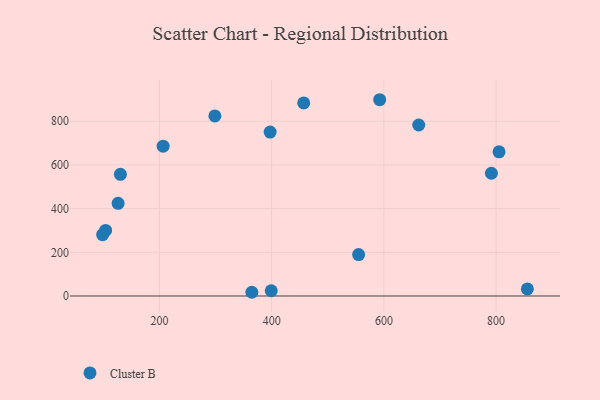
{"axis": {"x": "Engine Size", "y": "Salary"}, "legend": ["Cluster B"], "data": [{"x": "126.4", "y": 424.0, "type": "Cluster B"}, {"x": "592.5", "y": 898.5, "type": "Cluster B"}, {"x": "791.6", "y": 562.0, "type": "Cluster B"}, {"x": "397.3", "y": 750.4, "type": "Cluster B"}, {"x": "805.2", "y": 660.1, "type": "Cluster B"}, {"x": "555.0", "y": 189.5, "type": "Cluster B"}, {"x": "98.8", "y": 280.6, "type": "Cluster B"}, {"x": "399.3", "y": 23.9, "type": "Cluster B"}, {"x": "206.6", "y": 685.8, "type": "Cluster B"}, {"x": "104.1", "y": 300.1, "type": "Cluster B"}, {"x": "662.1", "y": 782.8, "type": "Cluster B"}, {"x": "457.1", "y": 884.0, "type": "Cluster B"}, {"x": "298.8", "y": 824.3, "type": "Cluster B"}, {"x": "855.7", "y": 32.3, "type": "Cluster B"}, {"x": "130.5", "y": 557.1, "type": "Cluster B"}, {"x": "364.7", "y": 17.0, "type": "Cluster B"}]}